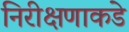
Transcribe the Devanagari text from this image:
निरीक्षणाकडे